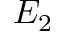
E _ { 2 }